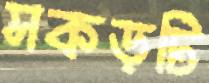
সকড়টি